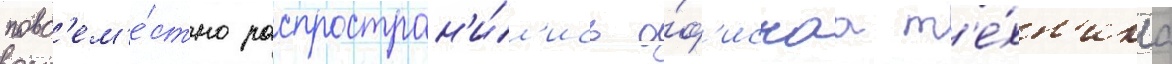
повс'ем'е́стно распростран'и́л'ись о́ф'иснаа т'е́хн'ика